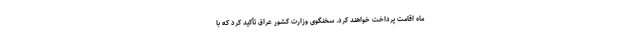
ماه اقامت پرداخت خواهند کرد. سخنگوی وزارت کشور عراق تأکید کرد که با